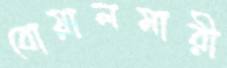
বোয়ালমারী